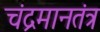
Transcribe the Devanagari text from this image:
चंद्रमानतंत्र